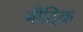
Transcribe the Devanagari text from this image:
बौदिक